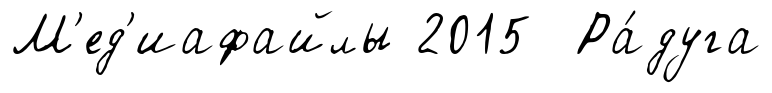
М'ед'иафайлы 2015 Ра́дуга